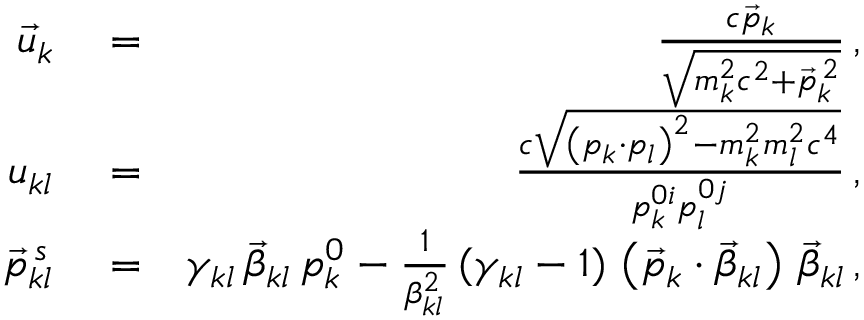
\begin{array} { r l r } { \vec { u } _ { k } } & { { } = } & { \frac { c \vec { p } _ { k } } { \sqrt { m _ { k } ^ { 2 } c ^ { 2 } + \vec { p } _ { k } ^ { \, 2 } } } \, , } \\ { u _ { k l } } & { { } = } & { \frac { c \sqrt { \left( p _ { k } \cdot p _ { l } \right) ^ { 2 } - m _ { k } ^ { 2 } m _ { l } ^ { 2 } c ^ { 4 } } } { p _ { k } ^ { 0 i } p _ { l } ^ { 0 j } } \, , } \\ { \vec { p } _ { k l } ^ { \, s } } & { { } = } & { \gamma _ { k l } \, \vec { \beta } _ { k l } \, p _ { k } ^ { 0 } - \frac { 1 } { \beta _ { k l } ^ { 2 } } \, ( \gamma _ { k l } - 1 ) \, \left( \vec { p } _ { k } \cdot \vec { \beta } _ { k l } \right) \, \vec { \beta } _ { k l } \, , } \end{array}